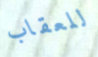
للعقاب